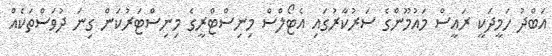
އަބްދު ހަމީދަކީ ރައީސް މައުމޫންގެ ސަރުކާރުގައި އެޓޯލްސް މިނިސްޓްރީގެ މިނިސްޓަރުކަން ގިނަ ދުވަސްތަކެއް